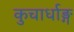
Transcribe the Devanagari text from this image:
कुचार्धाङ्ग